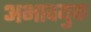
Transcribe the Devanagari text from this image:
अभावयुक्त